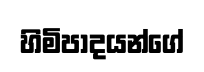
හිමිපාදයන්ගේ